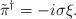
LaTeX: \begin{align*}\tilde{\pi}^\dagger = -i\sigma\xi.\end{align*}